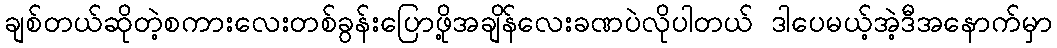
ချစ်တယ်ဆိုတဲ့စကားလေးတစ်ခွန်းပြောဖို့အချိန်လေးခဏပဲလိုပါတယ် ဒါပေမယ့်အဲ့ဒီအနောက်မှာ